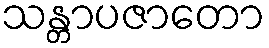
သန္တာပဇာတော